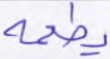
يطعمه